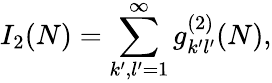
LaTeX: I_{2}(N)=\sum_{k^{\prime},l^{\prime}=1}^{\infty}g_{k^{\prime}l^{\prime}}^{(2)}(N),